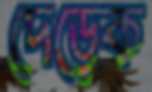
দেড়েক